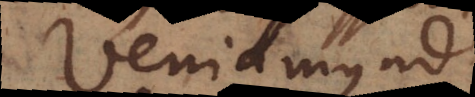
Veniamus ad